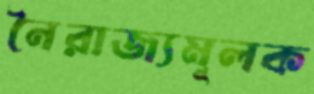
নৈরাজ্যমূলক